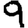
Digit: 9